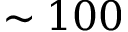
\sim 1 0 0